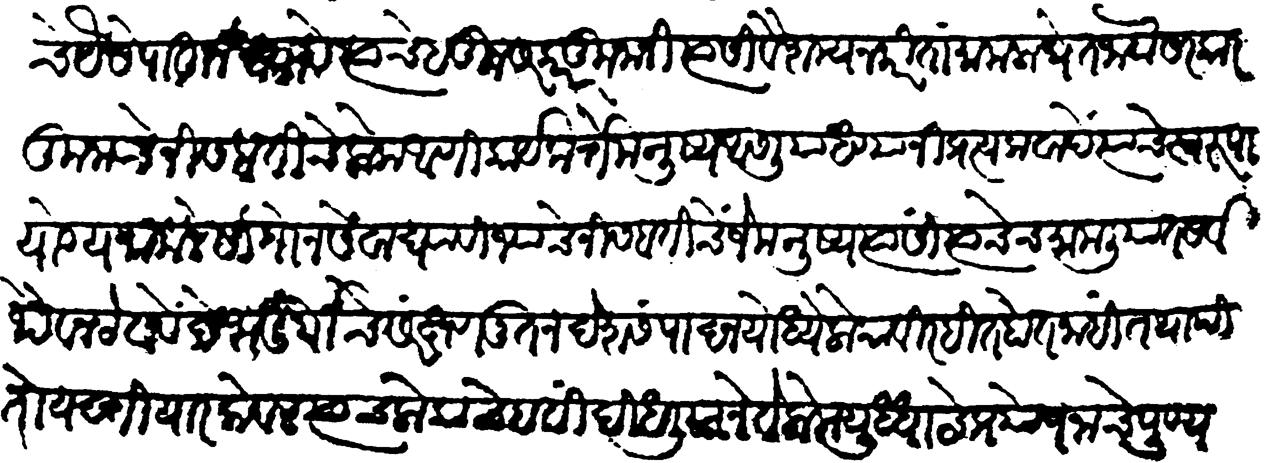
Transliteration (Devanagari): वोढीचे वयैसे पाहून द्यावे त्यांचे हतून सरकारकुनांनी त्यांसी वैषम्य न करितां मामला घेत जावा सरकारकुनाचे निसबतीचे लोक आणि कार्यकर्ते मनुष्य असलिया धण्यांनी प्रत्यकवादें त्याचे स्वरुपायोग्य मामले सांगोन सेवा घ्यावी ज्याचे निसबतीचें जें मनुष्य त्यासी त्याचेच मामलियांत सर्वथैव न ठेवावें देशदुगचिं संरक्षण नूतनदेशसंपादन योद्धे लोकांविरहित होत नाहीं तथापि तो यख्तियार केवळ त्याच लोकांचे हतीं दिधलियाने ते लोक युद्धाचे प्रयोजनाचे पूण्य